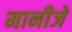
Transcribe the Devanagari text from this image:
मानीजे